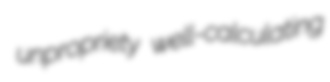
unpropriety well-calculating